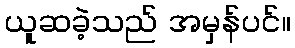
ယူဆခဲ့သည် အမှန်ပင်။